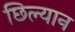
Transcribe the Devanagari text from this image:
छिल्यान